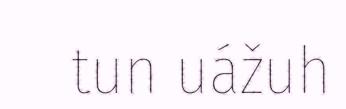
tun uážuh